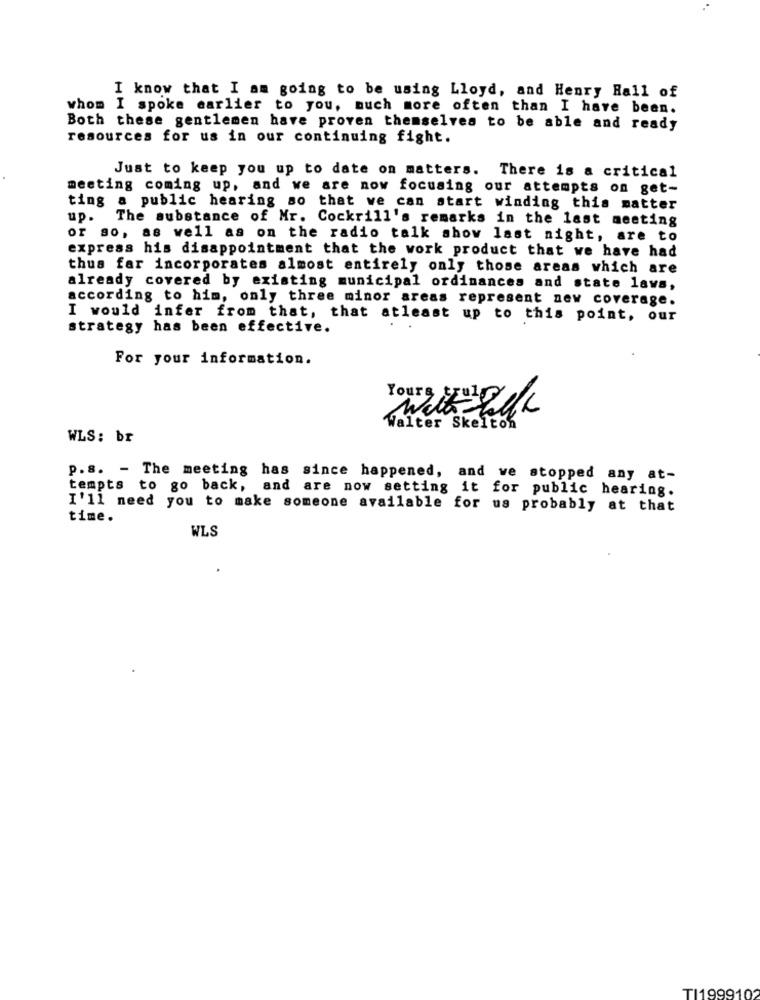
I know that I am going to be using Lloyd, and Henry Hall of
whom I spoke earlier to you, much more often than I have been.
Both these gentlemen have proven themselves to be able and ready
resources for us in our continuing fight.
Just to keep you up to date on matters. There is a critical
meeting coming up, and we are now focusing our attempts on get-
ting a public hearing so that we can start winding this matter
up.
The substance of Mr. Cockrill's remarks in the last meeting
or so, as well as on the radio talk show last night, are to
express his disappointment that the work product that we have had
thus far incorporates almost entirely only those areas which are
already covered by existing municipal ordinances and state laws,
according to him, only three minor areas represent new coverage.
I would infer from that, that atleast up to this point, our
strategy has been effective.
For your information.
Yourg Zek
Walter Skelton
WLS: br
p.s. - The meeting has since happened, and we stopped any at-
tempts to go back, and are now setting it for public hearing.
I'll need you to make someone available for us probably at that
time.
WLS
TI1999102